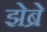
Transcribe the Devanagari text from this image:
झेब्रे